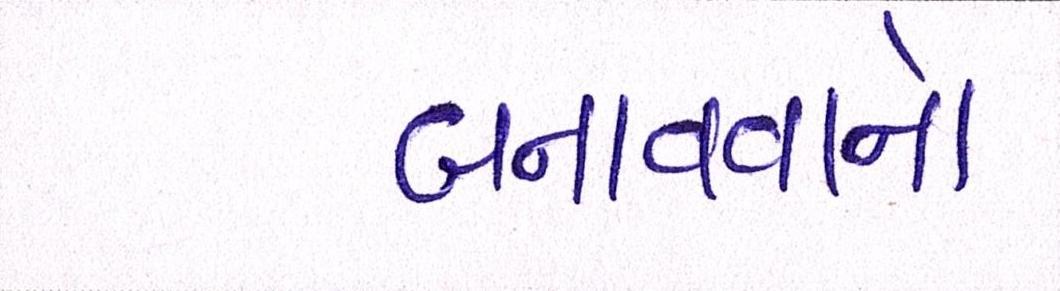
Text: બનાવવાનો